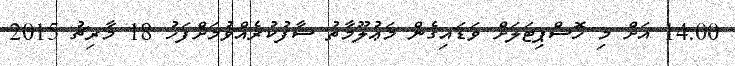
14:00 އަށް މި ހޮސްޕިޓަލަށް ވަޑައިގެން މަޢުލޫމާތު ސާފުކުރެއްވުމަށްފަހު 18 މާރިޗު 2015